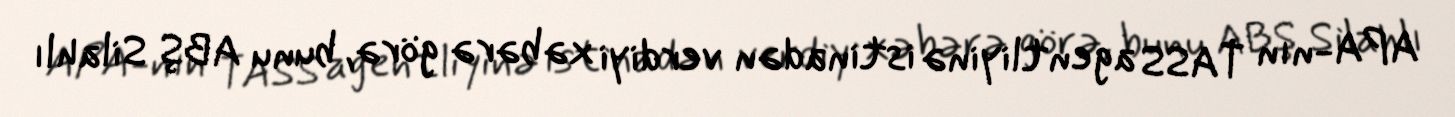
APA-nın TASS agentliyinə istinadən verdiyi xəbərə görə, bunu ABŞ Silahlı